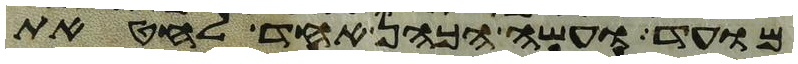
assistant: מועד ועשה הכהן אחד לחטאת